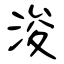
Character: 浚